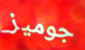
جوميز